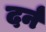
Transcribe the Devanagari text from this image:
दर्न